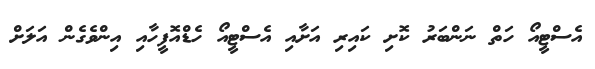
އެސްޓީއޯ ހަތް ނަންބަރު ކޮށި ކައިރި އަށާއި އެސްޓީއޯ ހެޑްއޮފީހާއި އިންވެގެން އަލަށް